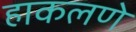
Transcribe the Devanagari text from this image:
हाकलणे